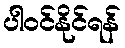
ပါဝင်နိုင်ရန်